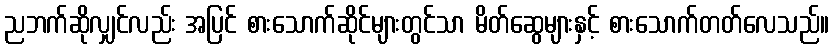
ညဘက်ဆိုလျှင်လည်း အပြင် စားသောက်ဆိုင်များတွင်သာ မိတ်ဆွေများနှင့် စားသောက်တတ်လေသည်။